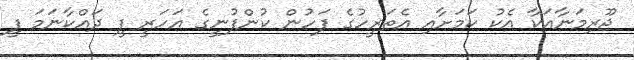
ޖޫރިމަނާއަކާ އެކު ކަމަށާއި އެތަރީހުގެ ފަހުން ކުންފުނީގެ އަހަރީ ފީ ދައްކާނަމަ ފީ